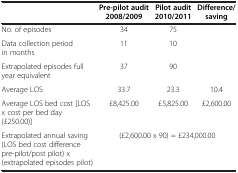
|  | Pre-pilot audit 2008/2009 | Pilot audit 2010/2011 | Difference/saving |
 | --- | --- | --- | --- |
 | No. of episodes | 34 | 75 |  |
 | Data collection period in months | 11 | 10 |  |
 | Extrapolated episodes full year equivalent | 37 | 90 |  |
 | Average LOS | 33.7 | 23.3 | 10.4 |
 | Average LOS bed cost [LOS x cost per bed day (£250.00)] | £8,425.00 | £5,825.00 | £2,600.00 |
 | Extrapolated annual saving (LOS bed cost difference pre-pilot/post pilot) x (extrapolated episodes pilot) | <COLSPAN=3> (£2,600.00 x 90) = £234,000.00 |